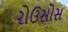
રોઉસોસ